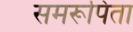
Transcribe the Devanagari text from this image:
समरूपिता